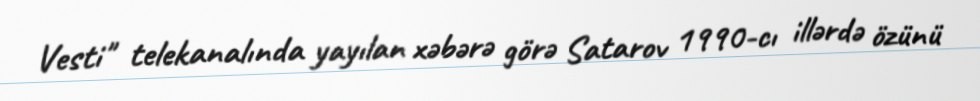
Vesti" telekanalında yayılan xəbərə görə Satarov 1990-cı illərdə özünü